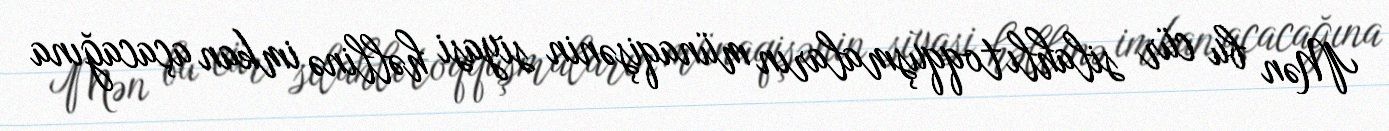
Mən bu cür silahlı toqquşmaların münaqişənin siyasi həllinə imkan açacağına